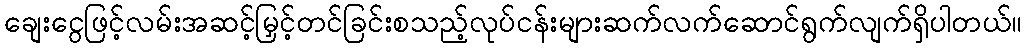
ချေးငွေဖြင့်လမ်းအဆင့်မြှင့်တင်ခြင်းစသည့်လုပ်ငန်းများဆက်လက်ဆောင်ရွက်လျက်ရှိပါတယ်။